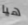
هيا